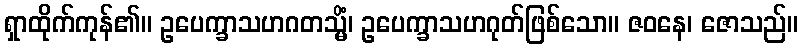
ရှာထိုက်ကုန်၏။ ဥပေက္ခာသဟဂတသ္မိံ၊ ဥပေက္ခာသဟဂုတ်ဖြစ်သော။ ဇဝနေ၊ ဇောသည်။